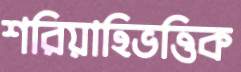
শরিয়াহিভত্তিক